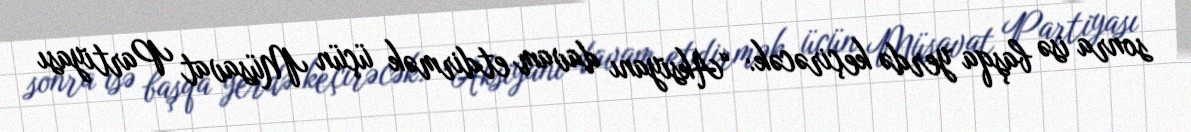
sonra isə başqa yerdə keçirəcək: “Aksiyanı davam etdirmək üçün Müsavat Partiyası